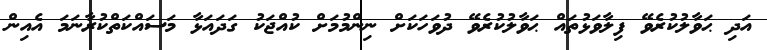
އަދި ޙަވާލުކުރެވޭ ފިލާވަޅުތައް ޙަވާލުކުރެވޭ ދުވަހަކަށް ނިންމުމަށް ކުއްޖަކު ގަދައަޅާ މަސައްކަތްކުރާނަމަ އެއިން